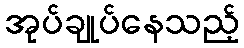
အုပ်ချုပ်နေသည့်